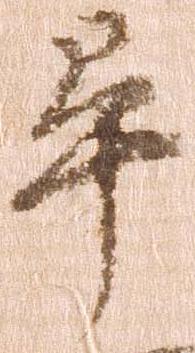
畢